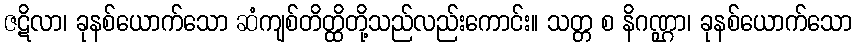
ဇဋိလာ၊ ခုနစ်ယောက်သော ဆံကျစ်တိတ္ထိတို့သည်လည်းကောင်း။ သတ္တ စ နိဂဏ္ဌာ၊ ခုနစ်ယောက်သော